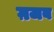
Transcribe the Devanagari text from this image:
ग़जब